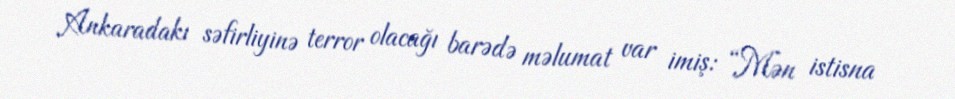
Ankaradakı səfirliyinə terror olacağı barədə məlumat var imiş: “Mən istisna